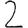
Digit: 2